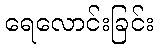
ရေလောင်းခြင်း